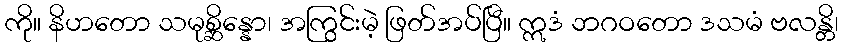
ကို။ နိဟတော သမုစ္ဆိန္နော၊ အကြွင်းမဲ့ ဖြတ်အပ်ပြီ။ ဣဒံ ဘဂဝတော ဒသမံ ဗလန္တိ၊